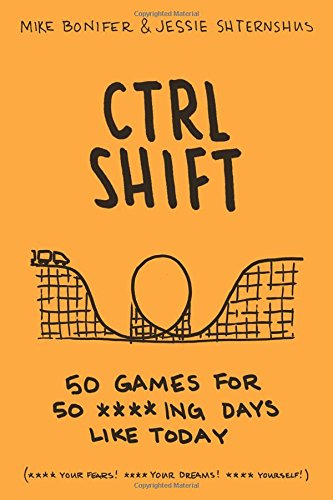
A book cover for CTRL-SHIFT; Mike Bonifer; Humor & Entertainment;